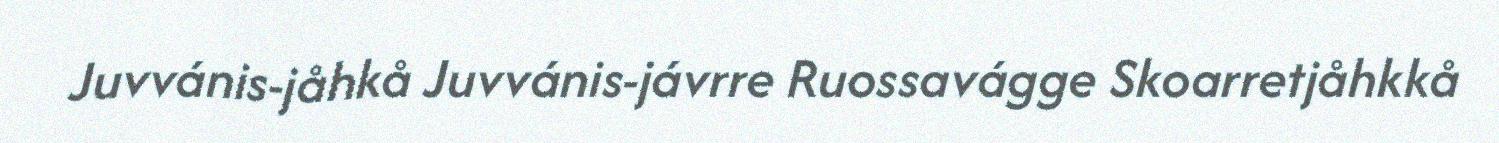
Juvvánis-jåhkå Juvvánis-jávrre Ruossavágge Skoarretjåhkkå